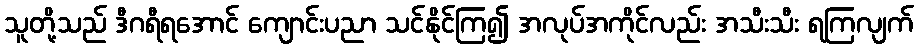
သူတို့သည် ဒီဂရီရအောင် ကျောင်းပညာ သင်နိုင်ကြ၍ အလုပ်အကိုင်လည်း အသီးသီး ရကြလျက်